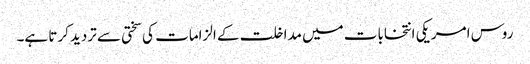
روس امریکی انتخابات میں مداخلت کے الزامات کی سختی سے تردید کرتا ہے۔